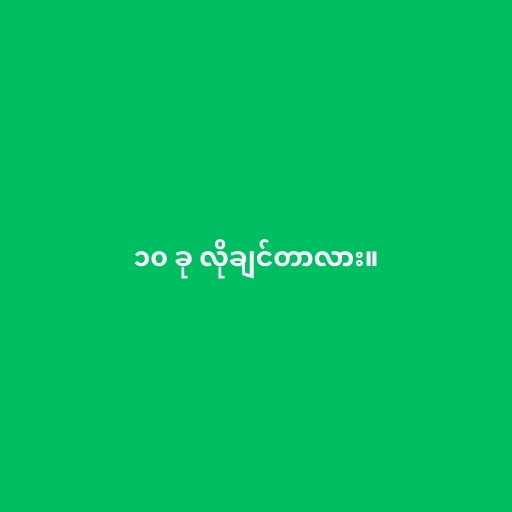
၁၀ ခု လိုချင်တာလား။